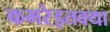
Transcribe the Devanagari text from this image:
कमरेइतक्या